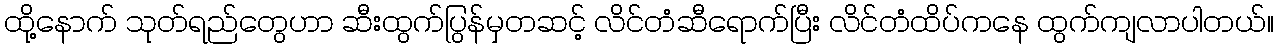
ထို့နောက် သုတ်ရည်တွေဟာ ဆီးထွက်ပြွန်မှတဆင့် လိင်တံဆီရောက်ပြီး လိင်တံထိပ်ကနေ ထွက်ကျလာပါတယ်။